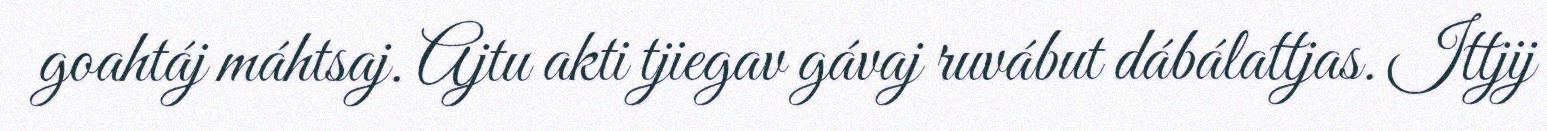
goahtáj máhtsaj. Ajtu akti tjiegav gávaj ruvábut dábálattjas. Ittjij